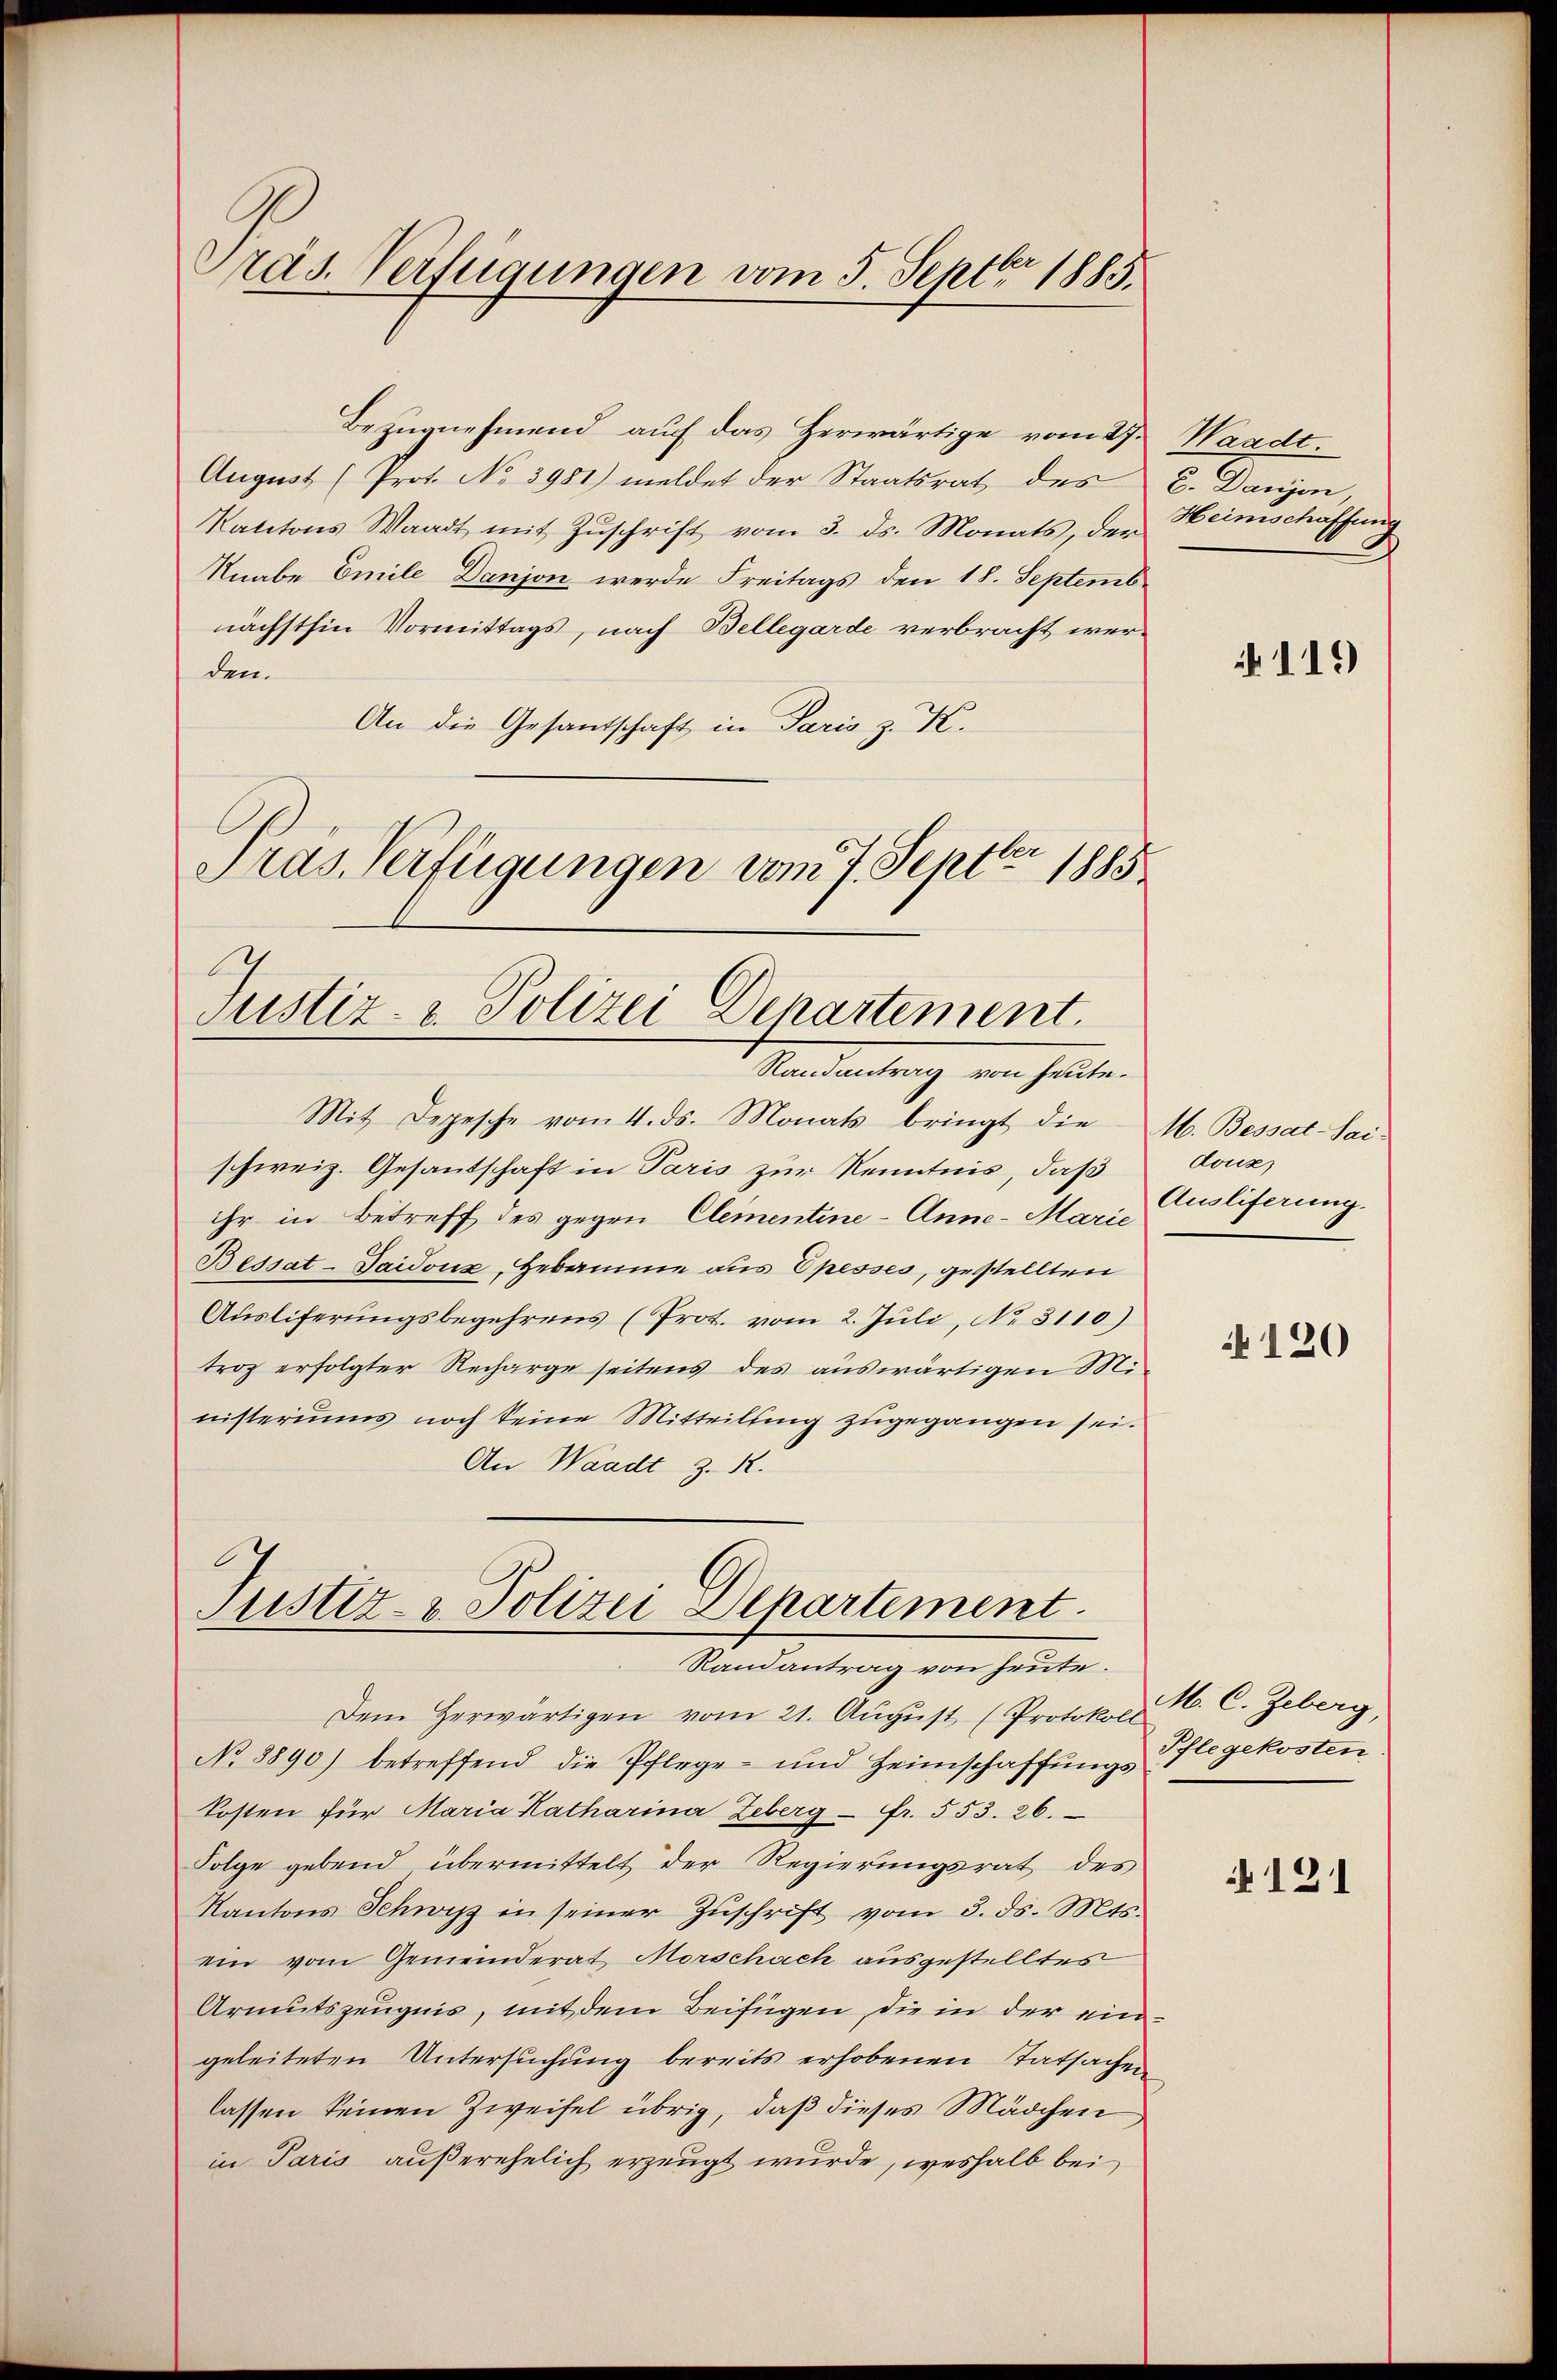
räs. Verfügungen vom 5. Septbr. 1885.

Justiz- & Polizei Departement.
Randantrag von heute.

Bezŭgnehmend auf das Herwärtige vom 27. Waadt.
August (Prot. No 3981) meldet der Staatsrat des C. Danjon,
Kantons Waadt mit Zŭschrift vom 3. ds. Monats, der
Knabe Emile Danjon werde Freitags den 18. Septemb
nächsthin Vormittags, nach Bellegarde verbracht werden.
An die Gesandschaft in Paris z. K.
Präs. Verfügungen vom 7. Sept. 1885

.
Justiz- & Polizei Departement.
Randantrag von heute.

Mit Depesche vom 4. ds. Monats bringt die M. Bessat-Sai-
schweiz. Gesantschaft in Paris zur Kenntnis, daß
ihr in Betreff des gegen Elementine-Anne - Marie
Bessat-Daidonz, Hebamme aus Epesses, gestellten
Aŭsliferŭngsbegehrens (Prot. vom 2. Jŭli, No. 3110)
trog erfolgter Recharge seitens des auswärtigen Ministeriums noch keine Mitteilung zugegangen sei.
An Waadt z. R.

Heimschaffung

Dem Herwärtigen vom 21. Aŭgŭst (Protokoll M. C. Zeberg,
No 8890) betreffend die Pflege- und Heimschaffŭngs-Pflegekosten
Kosten für Maria Katharina Zeberg - fr. 553. 26.
Folge gebend übermittelt der Regierungsrat des
Kantons Schwyz in seiner Zŭschrift vom 3. ds. Mts.
ein vom Gemeinderat Morschach ausgestelltes
Armutszeugnis, mit dem Beifügen, die in der eingeleiteten Untersuchung bereits erhobenen Tatsachen
lassen keinen Zweifel übrig, daß dieses Mädchen
in Paris außerehelich erzeugt wurde, weshalb bei

119

douz
Ausliferung.

N 120

121